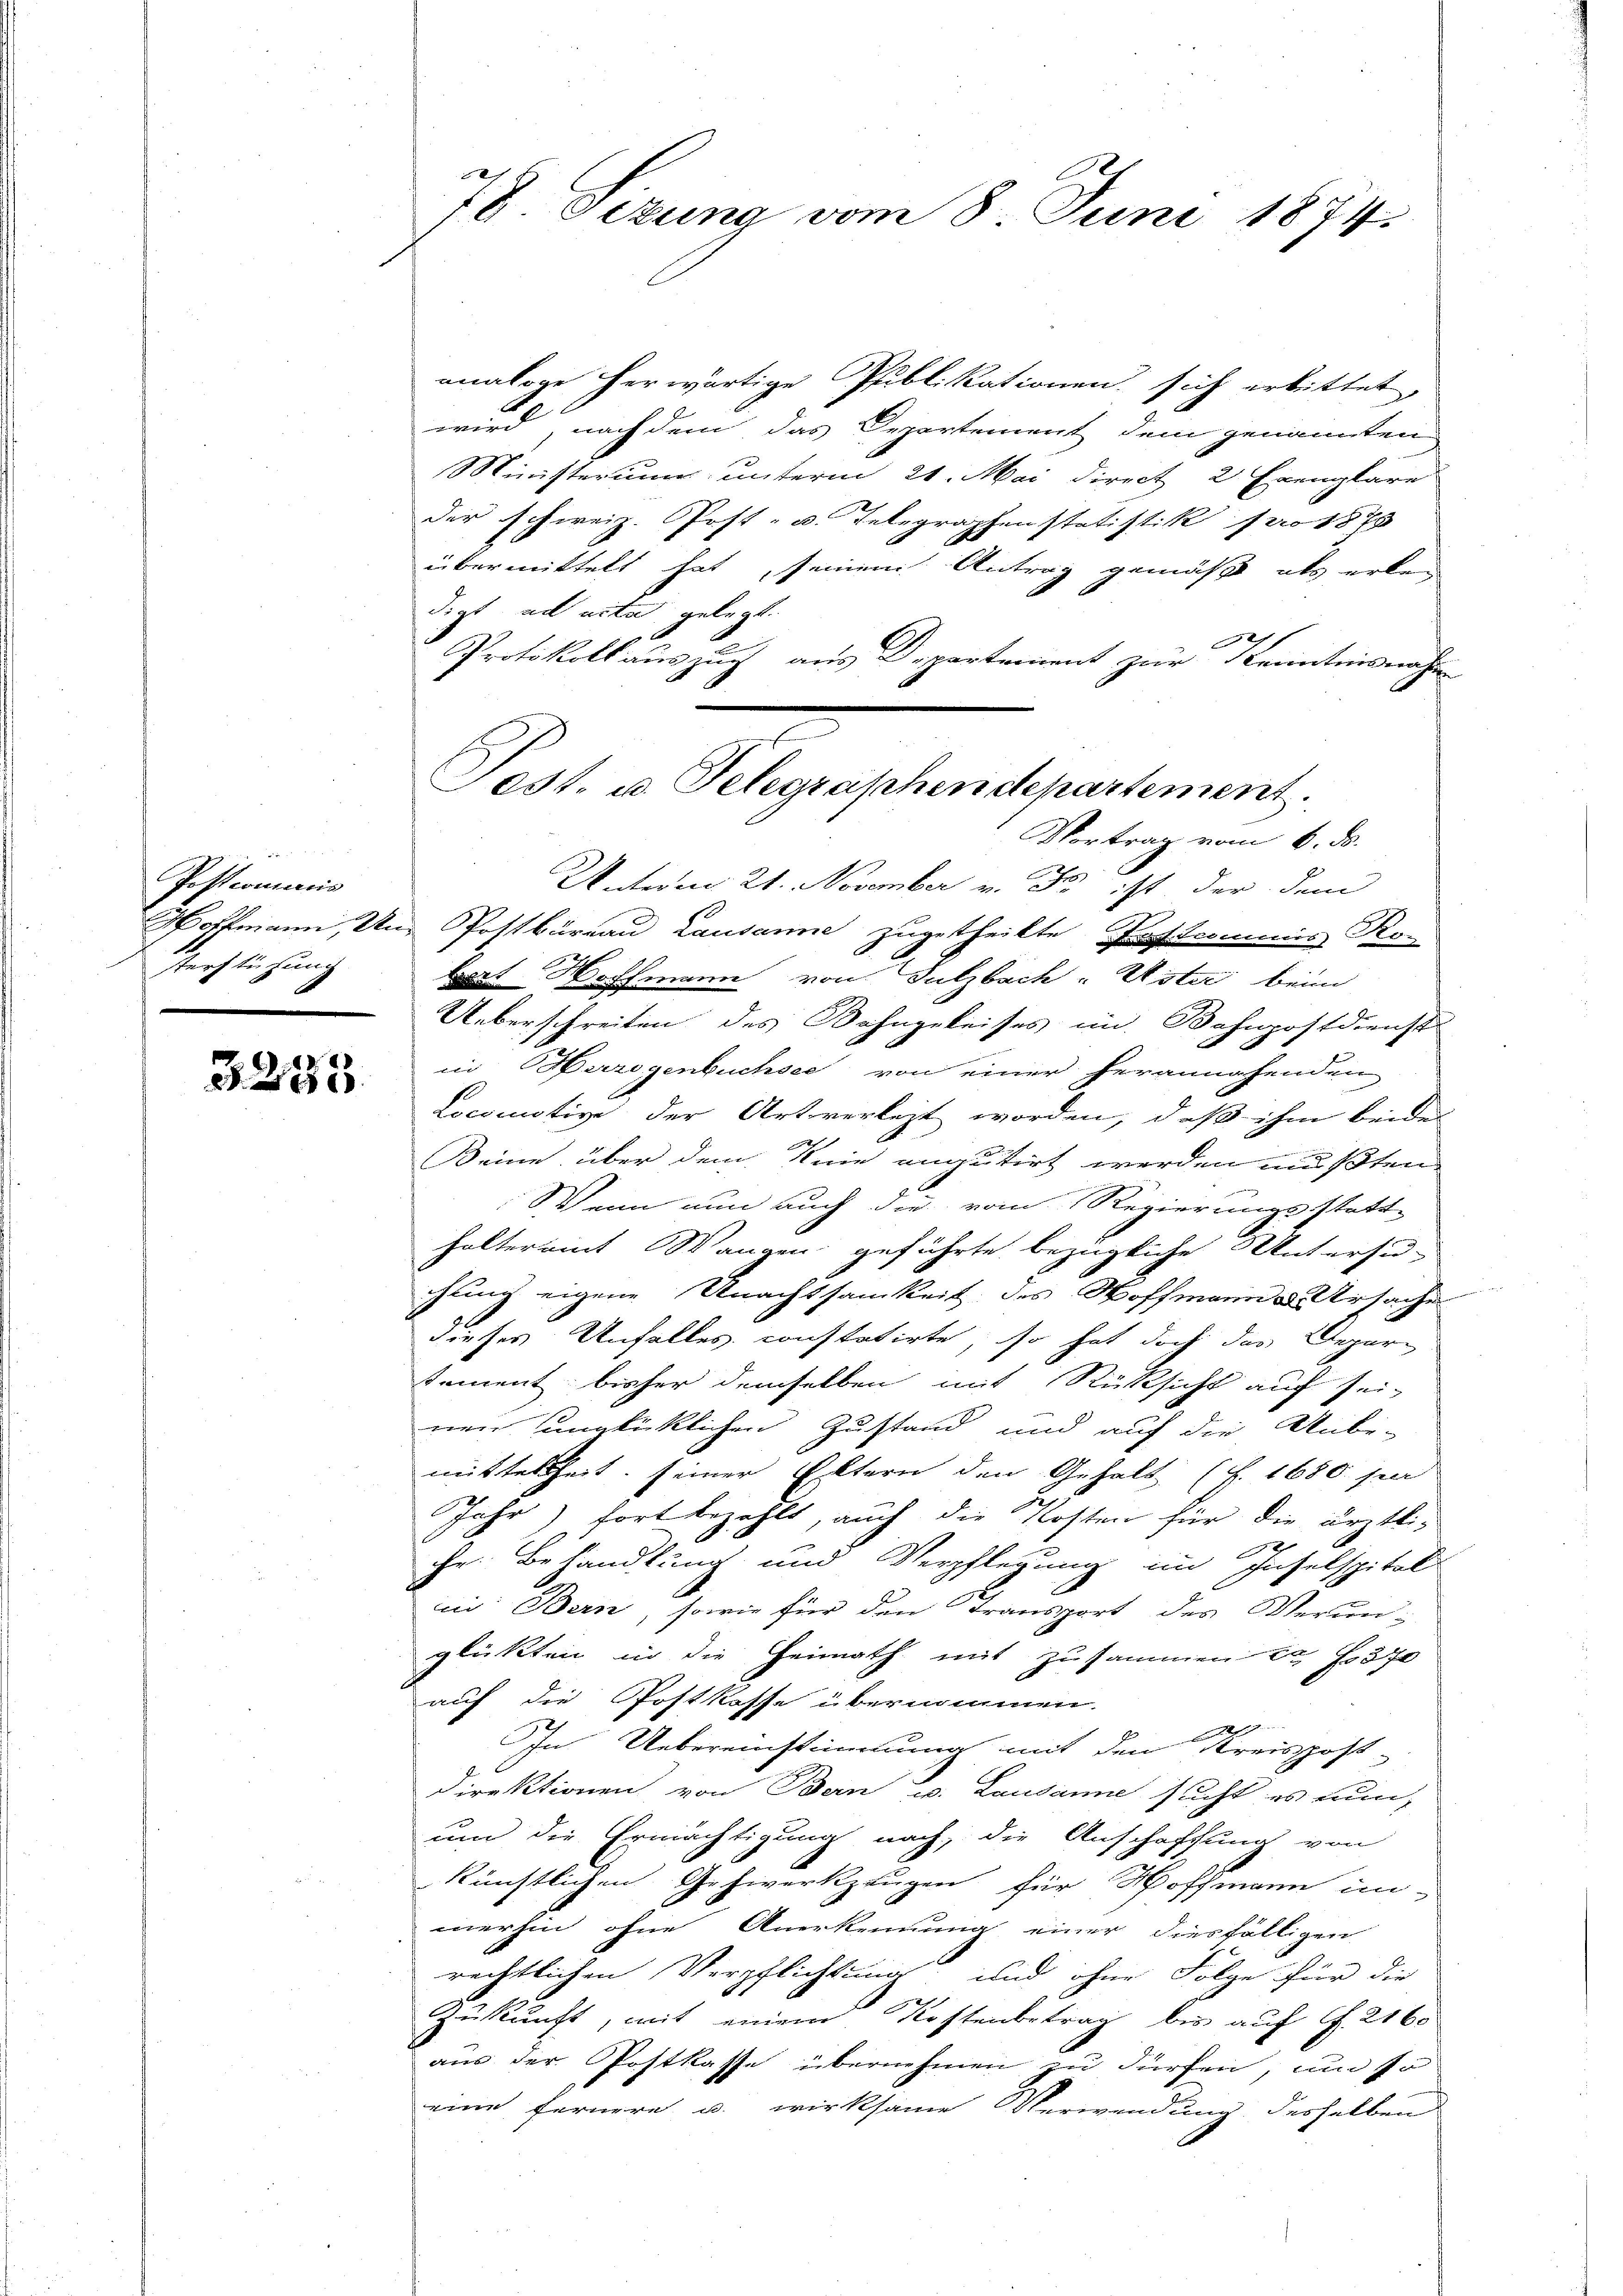
Postcommis
Herstehung

3253.

78. Sizung vom 8. Juni 1874.

analoge herwärtige Publikationen sich erbittet,
wird, nachdem das Departement dem genannten
Ministerium unterm 21. Mai direct, 2 Exemplare
der schweiz. Post- u. Telegraphenstatistik pro 1878
übermittelt hat, seinem Antrag gemäß als erken
digt ad acta gelegt.
x
Protokoll auszug aus Departement zur Kenntnisnahm
Vortrag vom 6. ds.
Unterm 21. November v. Js. ist der dem
Hoffmann, Un Postbüreau Lausanne zugetheilte Postcommis Ro-
bert Hoffmann von Sulzbach Uster beim
Ueberschreiten des Bahngeleises im Bahnpostdienst
in Herregenbuchsee von einer herannahenden
Locomotive der Art verlegt worden, daß ihm beide
Keine über dem Knie engutirt werden mußten
Wenn nun auch die vom Regierungsstatt-
halteramt Wangen geführte bezügliche Untersu-
ching eigene Unachtsamkeit des Hoffmann u. Ursache
dieses Unfalles constatirte, so hat doch der Deparsement, bisher demselben mit Rücksicht auf sei-
nen unglücklichen Zustand und auf die Unbe-
mittelheit seiner Eltern den Gehalt (S. 1680. per
Jahr) fort bezahlt, auch die Kosten für die ärztli¬
2
he. Behandlung und Verpflegung im Inselspital
in: Bern, sowie für den Transport des Verun-
glükten in die Heimath mit zusammen ca 370
auf die Postkasse übernommen.
In Uebereinstimmung mit den Kreispost-
Direktionen, von Bern u. Lausanne sucht es nun,
um die Ermächtigung nach, die Anschaffung von
künstlichen Gehirerkzeugen für Hoffmann in
merhin ohne Anerkennung einer diesfälligen
rechtlichen Verpflichtung und ohne Folge für die
Zukunft, mit einem Kostenbetrag bis auf S. 2160
aus der Postkasse übernehmen zu dürfen, um so
eine fernere u. wirksame Verwendung derselben

Fest. u. Telegraphendepartement.